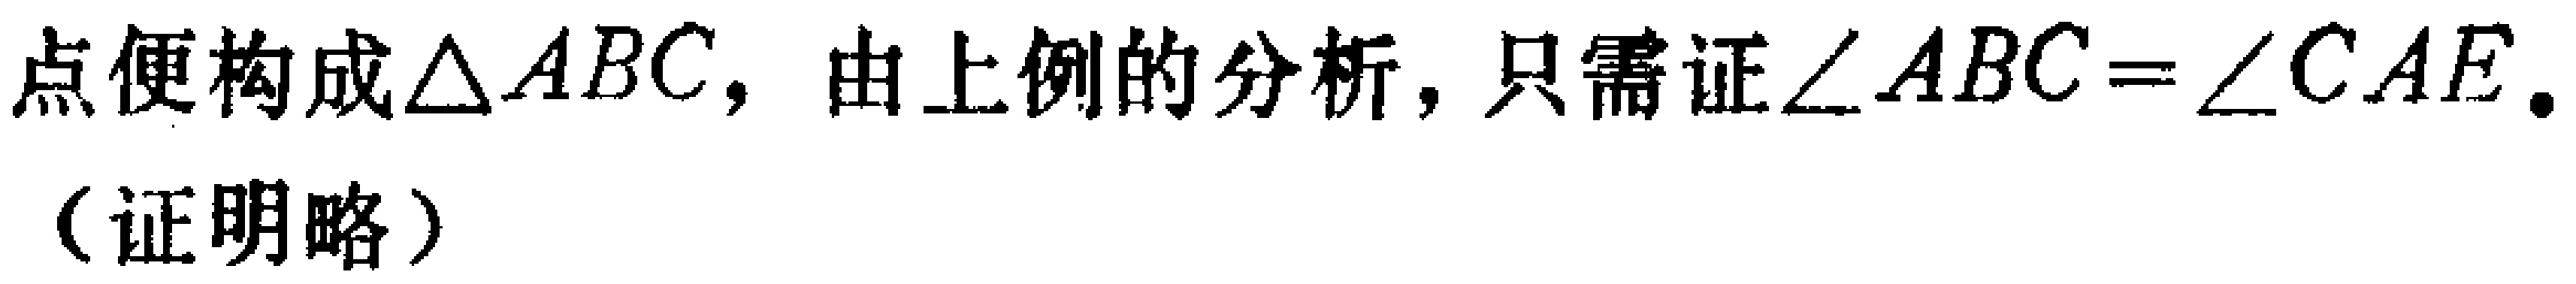
点便构成$\triangle ABC$，由上例的分析，只需证$\angle ABC = \angle CAE$。

（证明略）